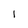
Character: 1